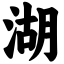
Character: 湖